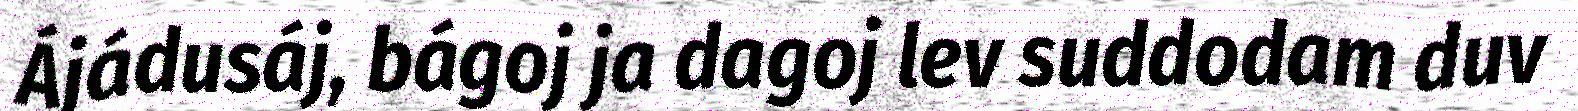
Ájádusáj, bágoj ja dagoj lev suddodam duv